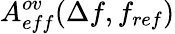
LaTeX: A_{eff}^{ov}(\Delta f,f_{ref})